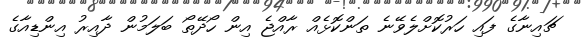
ޗައިނާގެ ފައި ހަރުކޮށްލެވޭނެ ތަންކޮޅެއް ރާއްޖެ އިން ހޯދޭތޯ ބަަލަމުން ދާއިރު އިންޑިއާގެ